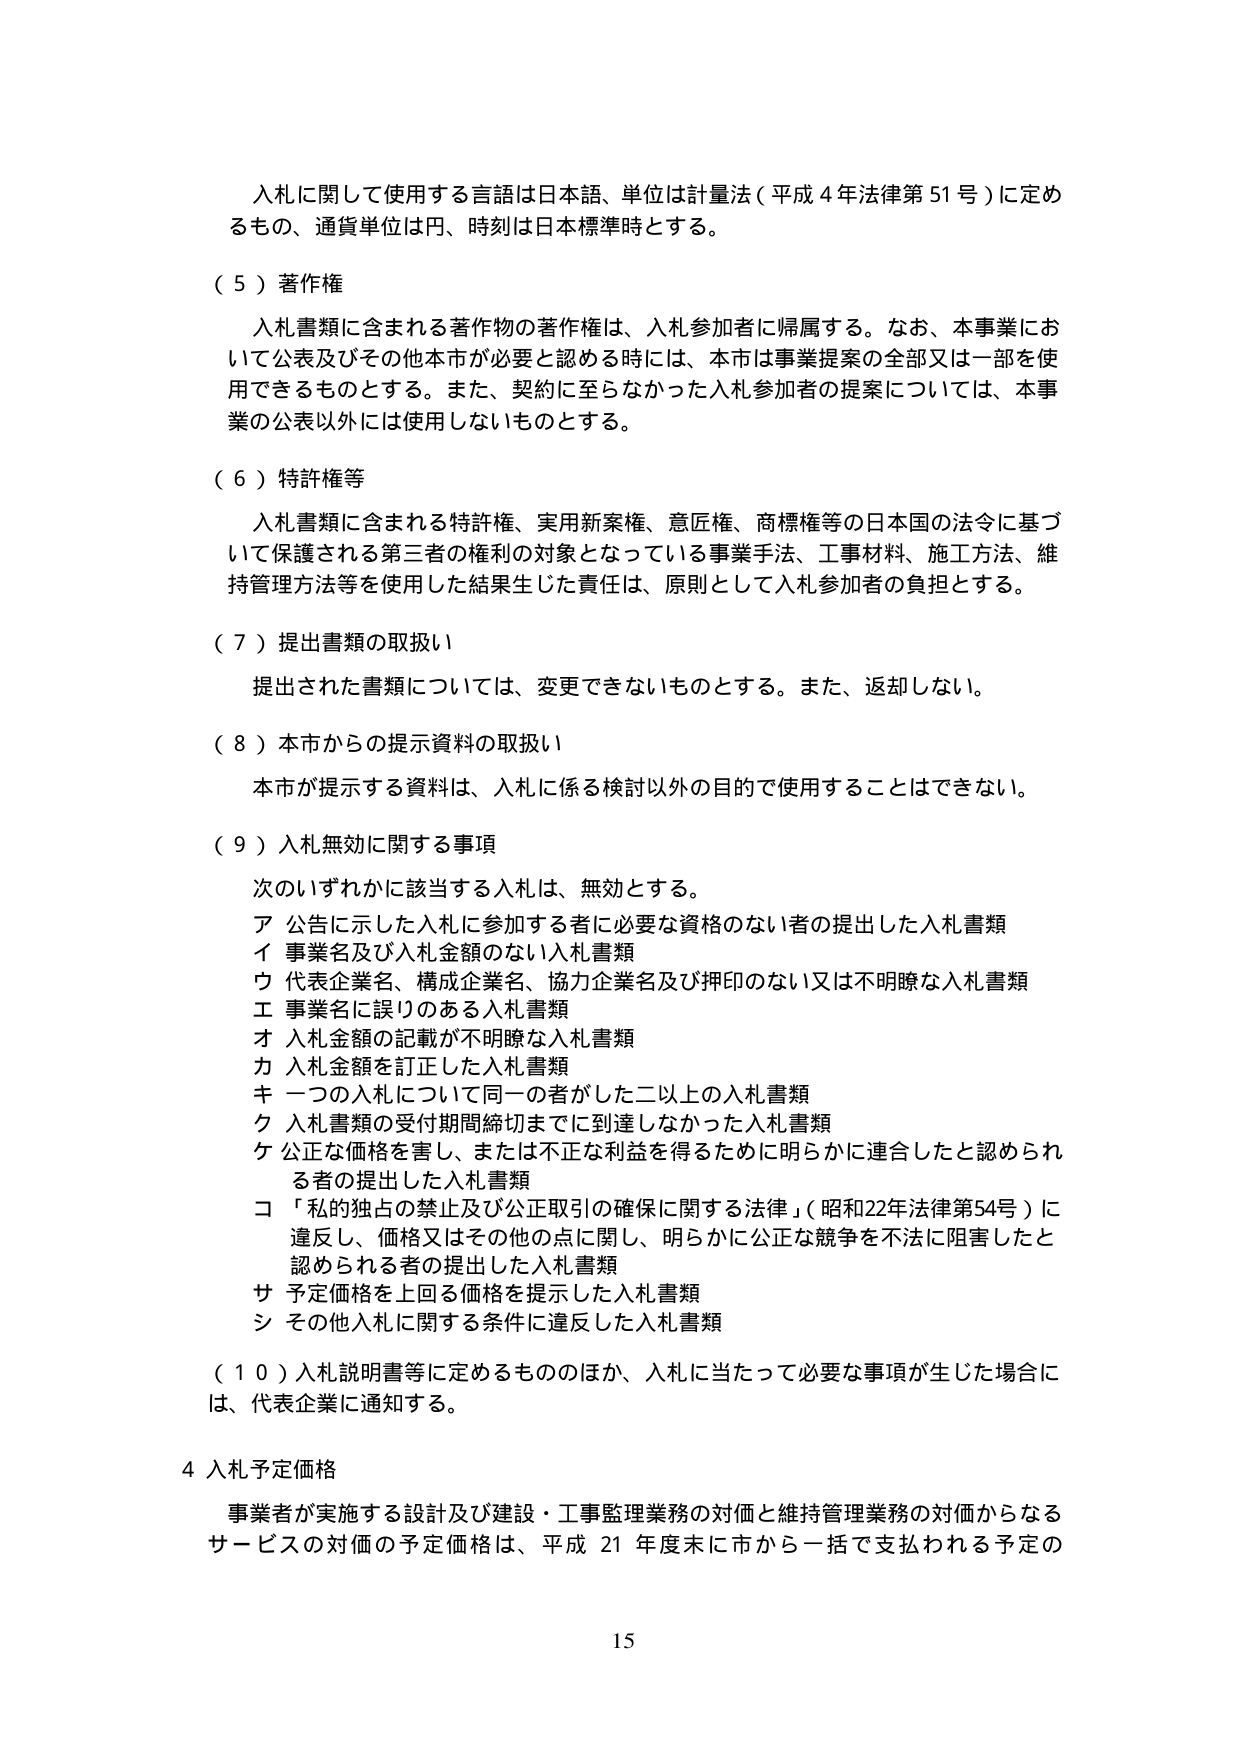
入札に関して使用する言語は日本語、単位は計量法（平成４年法律第51号）に定めるもの、通貨単位は円、時刻は日本標準時とする。

（５）著作権
入札書類に含まれる著作物の著作権は、入札参加者に帰属する。なお、本事業において公表及びその他本市が必要と認める時には、本市は事業提案の全部又は一部を使用できるものとする。また、契約に至らなかった入札参加者の提案については、本事業の公表以外には使用しないものとする。

（６）特許権等
入札書類に含まれる特許権、実用新案権、意匠権、商標権等の日本国の法令に基づいて保護される第三者の権利の対象となっている事業手法、工事材料、施工方法、維持管理方法等を使用した結果生じた責任は、原則として入札参加者の負担とする。

（７）提出書類の取扱い
提出された書類については、変更できないものとする。また、返却しない。

（８）本市からの提示資料の取扱い
本市が提示する資料は、入札に係る検討以外の目的で使用することはできない。

（９）入札無効に関する事項
次のいずれかに該当する入札は、無効とする。
ア 公告に示した入札に参加する者に必要な資格のない者の提出した入札書類
イ 事業名及び入札金額のない入札書類
ウ 代表企業名、構成企業名、協力企業名及び押印のない又は不明瞭な入札書類
エ 事業名に誤りのある入札書類
オ 入札金額の記載が不明瞭な入札書類
カ 入札金額を訂正した入札書類
キ 一つの入札について同一の者がした二以上の入札書類
ク 入札書類の受付期間締切までに到達しなかった入札書類
ケ 公正な価格を害し、または不正な利益を得るために明らかに連合したと認められる者の提出した入札書類
コ 「私的独占の禁止及び公正取引の確保に関する法律」（昭和22年法律第54号）に違反し、価格又はその他の点に関し、明らかに公正な競争を不法に阻害したと認められる者の提出した入札書類
サ 予定価格を上回る価格を提示した入札書類
シ その他入札に関する条件に違反した入札書類

（１０）入札説明書等に定めるもののほか、入札に当たって必要な事項が生じた場合には、代表企業に通知する。

４ 入札予定価格
事業者が実施する設計及び建設・工事監理業務の対価と維持管理業務の対価からなるサービスの対価の予定価格は、平成21年度末に市から一括で支払われる予定の

15